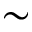
\sim